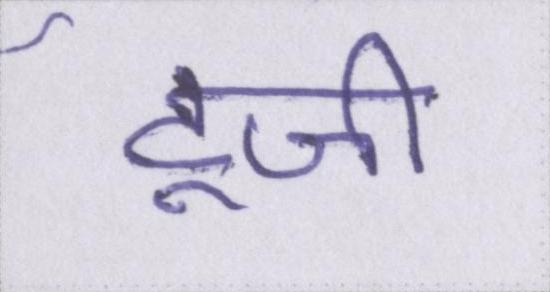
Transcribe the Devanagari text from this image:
टूजी